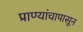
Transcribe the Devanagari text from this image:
प्राण्यांचापासून